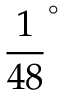
\frac { 1 } { 4 8 } ^ { \circ }